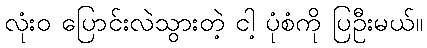
လုံးဝ ပြောင်းလဲသွားတဲ့ ငါ့ ပုံစံကို ပြဦးမယ်။